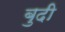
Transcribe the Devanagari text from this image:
बुदी